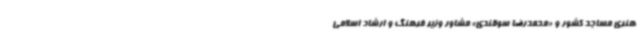
هنری مساجد کشور و «محمدرضا سوقندی» مشاور وزیر فرهنگ و ارشاد اسلامی